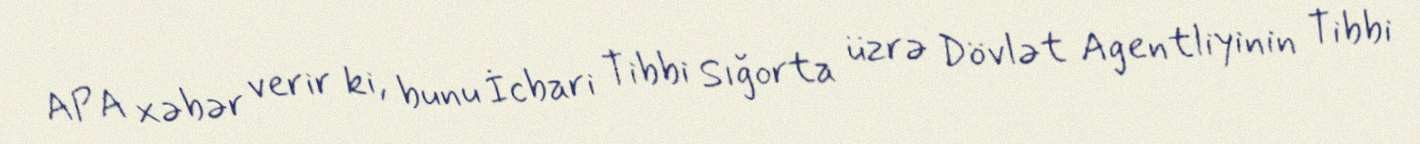
APA xəbər verir ki, bunu İcbari Tibbi Sığorta üzrə Dövlət Agentliyinin Tibbi